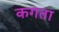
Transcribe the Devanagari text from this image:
कगता